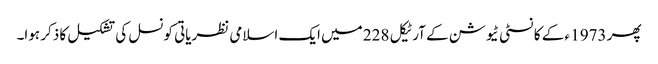
پھر 1973 ء کے کانسٹی ٹیوشن کے آرٹیکل 228 میں ایک اسلامی نظریاتی کونسل کی تشکیل کا ذکر ہوا۔